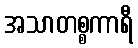
အသာတစ္စကာရီ